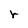
Character: r